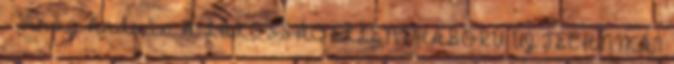
- Virág András A LAKOSSÁG ELLENI HÁBORÚ ÚJ TECHNIKÁI